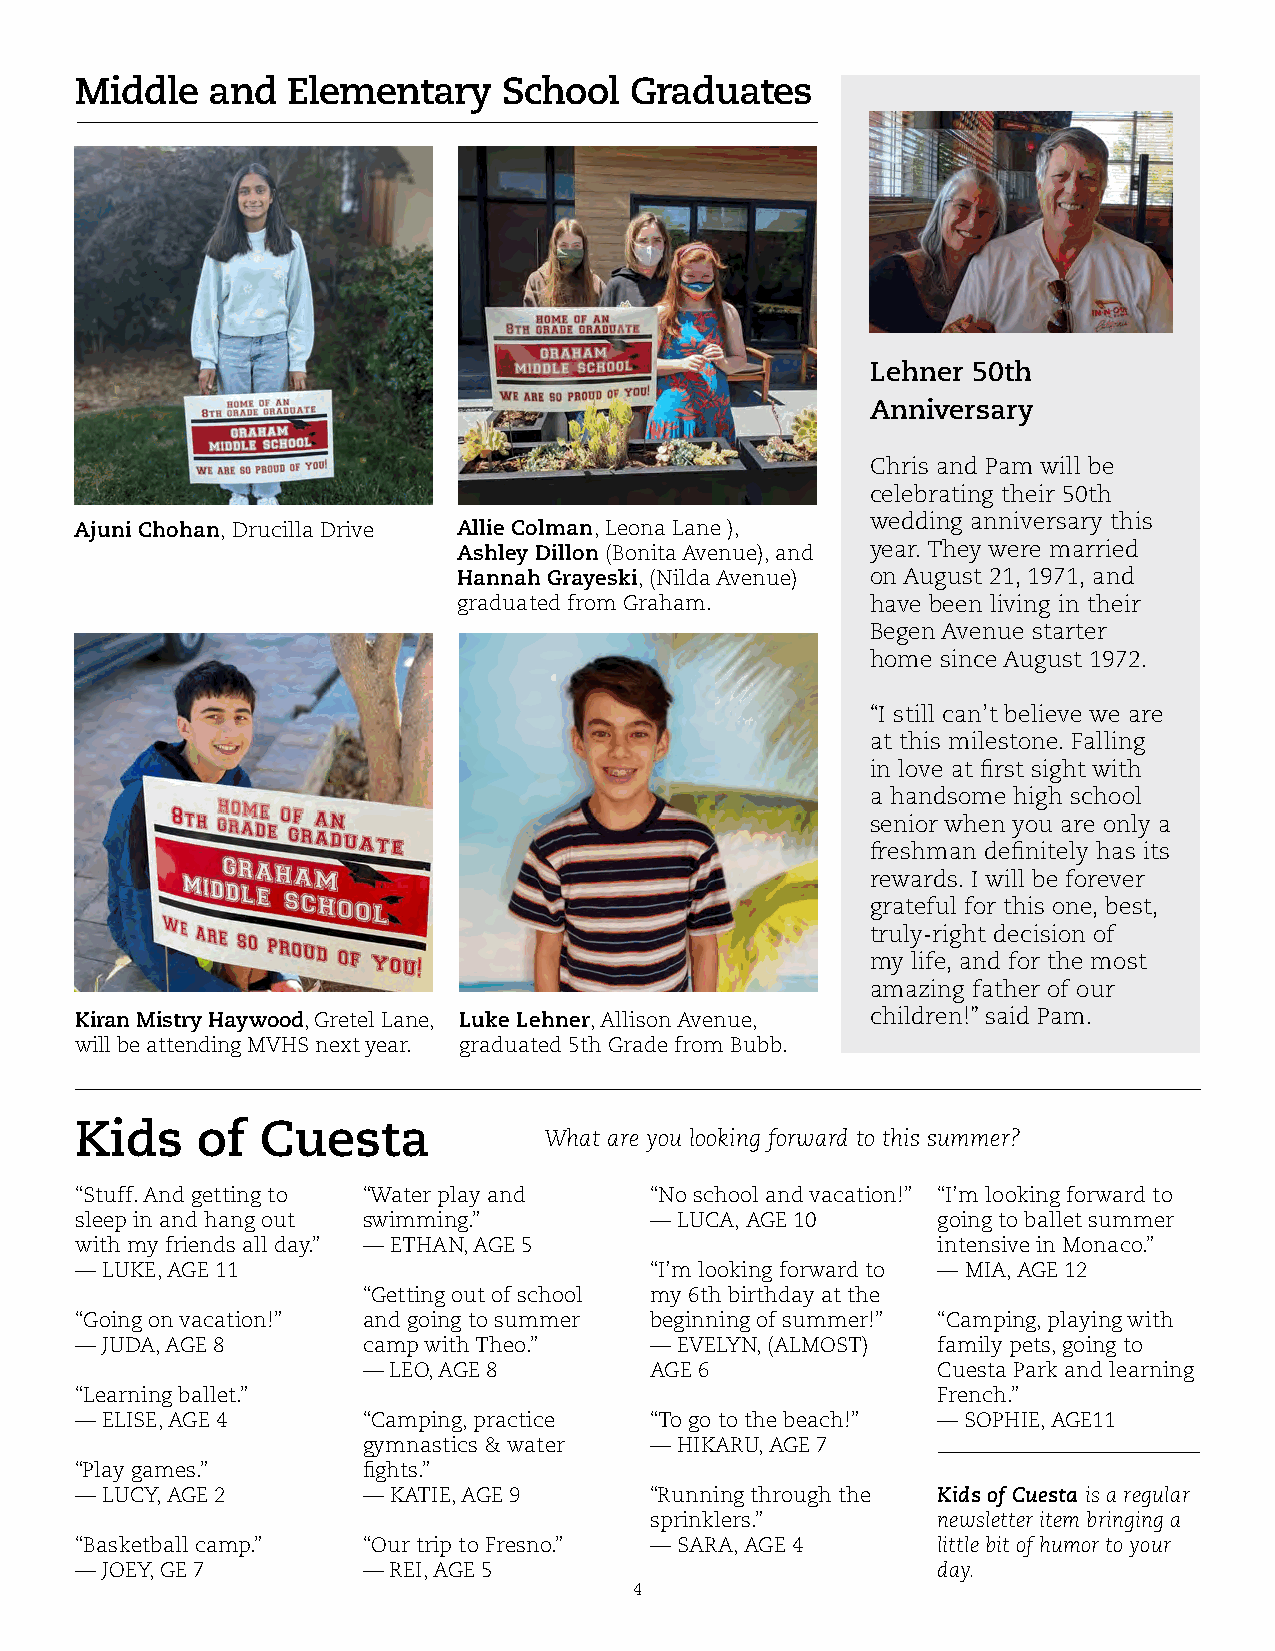
Middle   and  Elementary    School   Graduates
 Lehner 50th
 Anniversary
 Chris and Pam will be
 celebrating their 50th
 wedding anniversary this
 Ajuni Chohan, Drucilla Drive Allie Colman, Leona Lane ),
 Ashley Dillon (Bonita Avenue), and year. They were married
 Hannah Grayeski, (Nilda Avenue) on August 21, 1971, and
 graduated from Graham.      have been living in their
 Begen Avenue starter
 home since August 1972.
 “I still can’t believe we are
 at this milestone. Falling
 in love at first sight with
 a handsome high school
 senior when you are only a
 freshman definitely has its
 rewards. I will be forever
 grateful for this one, best,
 truly-right decision of
 my life, and for the most
 amazing father of our
 Kiran Mistry Haywood, Gretel Lane, Luke Lehner, Allison Avenue, children!” said Pam.
 will be attending MVHS next year. graduated 5th Grade from Bubb.
 Kids    of  Cuesta
 What are you looking forward to this summer?
 “Stuff. And getting to “Water play and “No school and vacation!” “I’m looking forward to
 sleep in and hang out swimming.”      — LUCA, AGE 10     going to ballet summer
 with my friends all day.” — ETHAN, AGE 5                 intensive in Monaco.”
 — LUKE, AGE 11                        “I’m looking forward to — MIA, AGE 12
 “Getting out of school my 6th birthday at the
 “Going on vacation!” and going to summer beginning of summer!” “Camping, playing with
 — JUDA, AGE 8      camp with Theo.”   — EVELYN, (ALMOST) family pets, going to
 — LEO, AGE 8       AGE 6              Cuesta Park and learning
 “Learning ballet.”                                       French.”
 — ELISE, AGE 4     “Camping, practice “To go to the beach!” — SOPHIE, AGE11
 gymnastics & water — HIKARU, AGE 7
 “Play games.”      fights.”
 — LUCY, AGE 2      — KATIE, AGE 9     “Running through the Kids of Cuesta is a regular
 sprinklers.”       newsletter item bringing a
 “Basketball camp.” “Our trip to Fresno.” — SARA, AGE 4   little bit of humor to your
 — JOEY, GE 7       — REI, AGE 5                          day.
 4